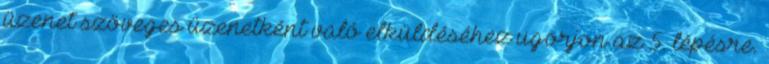
üzenet szöveges üzenetként való elküldéséhez ugorjon az 5. lépésre.